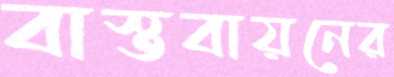
বাস্তবায়নের